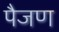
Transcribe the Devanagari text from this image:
पैजण